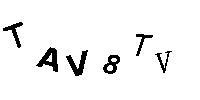
TAV8TV